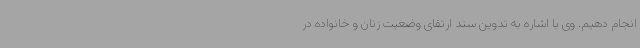
انجام دهیم. وی با اشاره به تدوین سند ارتقای وضعیت زنان و خانواده در